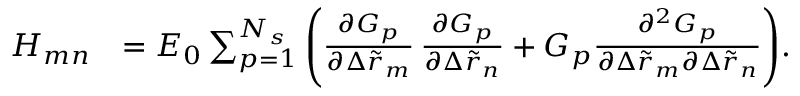
\begin{array} { r l } { H _ { m n } } & { = E _ { 0 } \sum _ { p = 1 } ^ { N _ { s } } { \left( \frac { \partial G _ { p } } { \partial \Delta \tilde { r } _ { m } } \, \frac { \partial G _ { p } } { \partial \Delta \tilde { r } _ { n } } + G _ { p } \frac { \partial ^ { 2 } G _ { p } } { \partial \Delta \tilde { r } _ { m } \partial \Delta \tilde { r } _ { n } } \right) } . } \end{array}